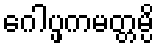
ဂေါပ္ဖကမတ္တမ္ပိ